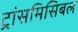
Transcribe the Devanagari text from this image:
ट्रांसमिसिबल